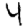
Digit: 4